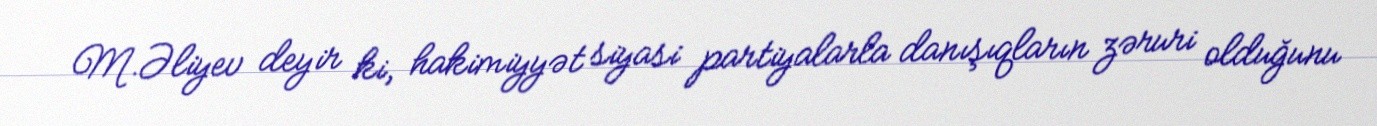
M.Əliyev deyir ki, hakimiyyət siyasi partiyalarla danışıqların zəruri olduğunu